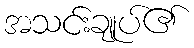
အသင်းချုပ်၏